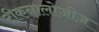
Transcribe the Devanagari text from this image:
टीकनालोजीज़